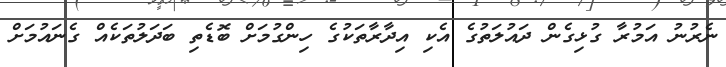
ނެރުނު އަމުރާ ގުޅިގެން ދައުލަތުގެ އެކި އިދާރާތަކުގެ ހިންގުމަށް ބޮޑެތި ބަދަލުތަކެއް ގެނައުމަށް